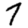
Digit: 7